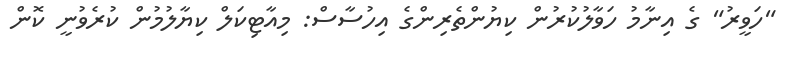
"ހަވީރު" ގެ އިނާމު ހަވާލުކުރުން ކިޔުންތެރިންގެ އިހުސާސް: މިއާޓިކަލް ކިޔާލުމުން ކުރެވުނީ ކޮން